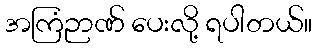
အကြံဉာဏ် ပေးလို့ ရပါတယ်။